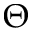
\Theta